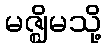
မဇ္ဈိမသို့